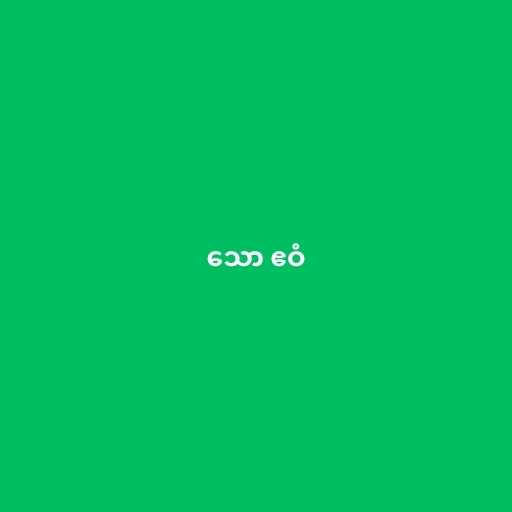
သော ဧဝံ